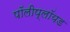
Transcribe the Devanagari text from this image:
पॉलीप्लॉयड